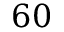
6 0